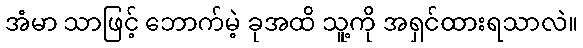
အံမာ သာဖြင့် ဘောက်မဲ့ ခုအထိ သူ့ကို အရှင်ထားရသာလဲ။